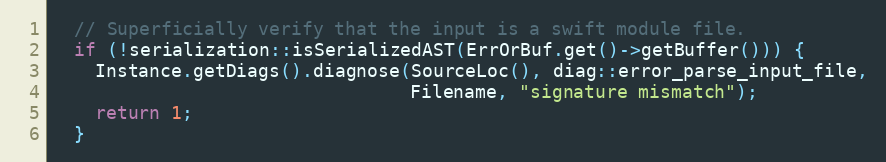
Language: C++
  // Superficially verify that the input is a swift module file.
  if (!serialization::isSerializedAST(ErrOrBuf.get()->getBuffer())) {
    Instance.getDiags().diagnose(SourceLoc(), diag::error_parse_input_file,
                                 Filename, "signature mismatch");
    return 1;
  }